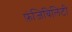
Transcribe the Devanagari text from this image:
फ़ंजिबिलिटी